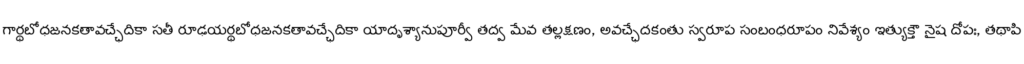
గార్థబోధజనకతావచ్ఛేదికా సతీ రూఢయర్థబోధజనకతావచ్ఛేదికా యాదృశ్యానుపూర్వీ తద్వ మేవ తల్లక్షణం, అవచ్ఛేదకంతు స్వరూప సంబంధరూపం నివేశ్యం ఇత్యుక్తౌ నైష దోపః, తథాపి